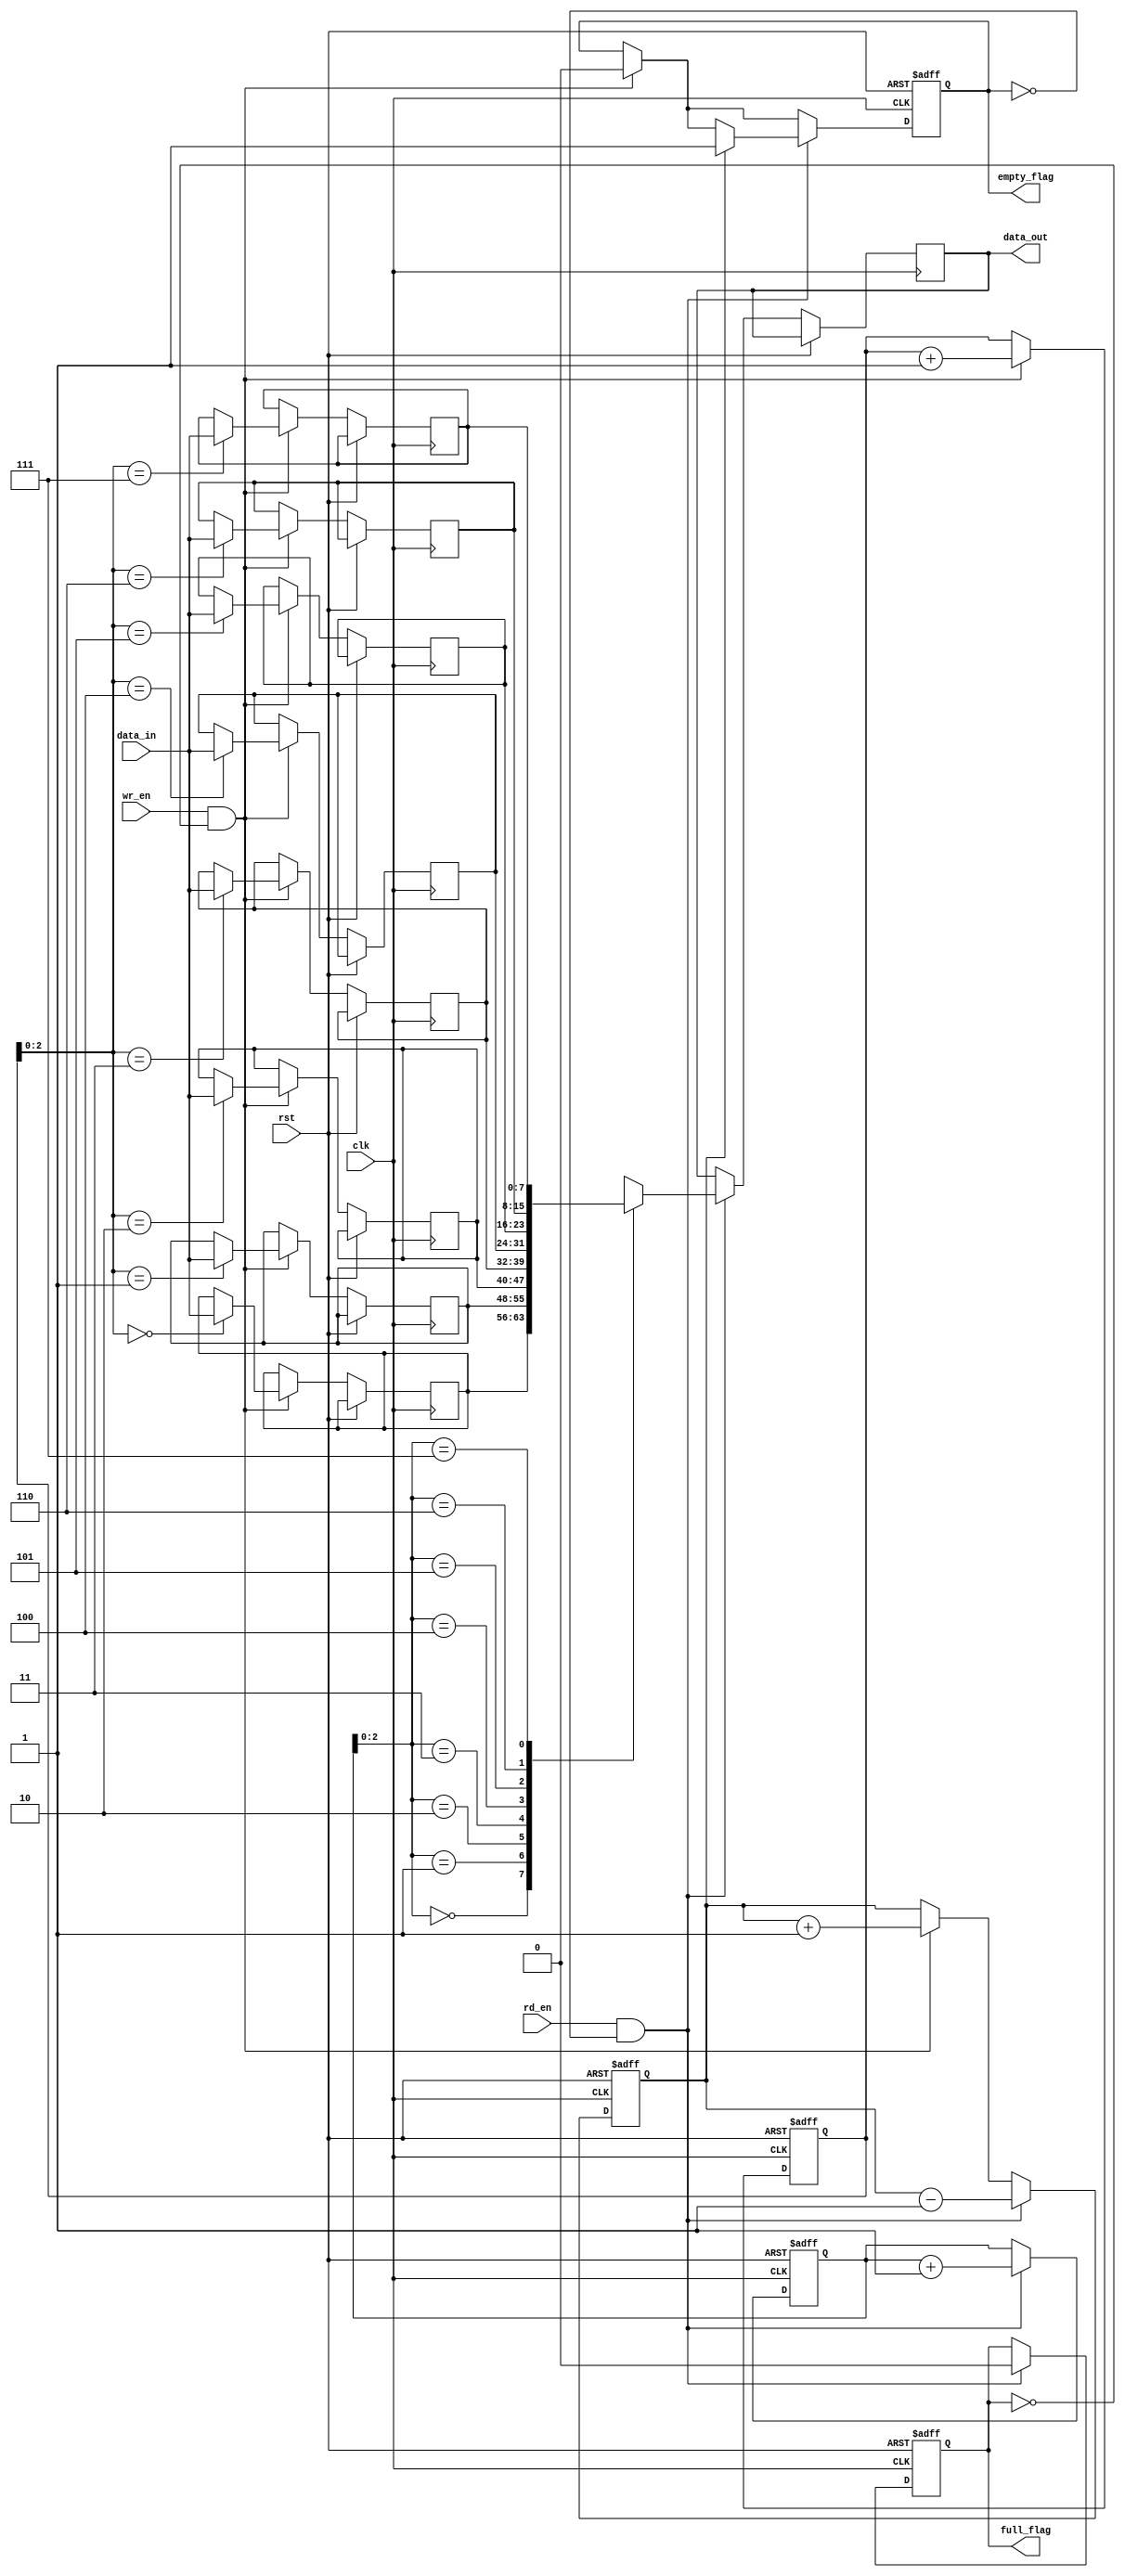
module synchronous_fifo
(
    input wire clk,
    input wire rst,
    input wire wr_en,
    input wire rd_en,
    input wire [DATA_WIDTH-1:0] data_in,
    output reg [DATA_WIDTH-1:0] data_out,
    output reg full_flag,
    output reg empty_flag
);

parameter DEPTH = 8;
parameter DATA_WIDTH = 8;

reg [DATA_WIDTH-1:0] fifo [0:DEPTH-1];
reg [DEPTH-1:0] wr_ptr, rd_ptr;
reg count;

always @(posedge clk or posedge rst)
begin
    if (rst)
    begin
        wr_ptr <= 0;
        rd_ptr <= 0;
        count <= 0;
        full_flag <= 0;
        empty_flag <= 1;
    end
    else
    begin
        if (wr_en && !full_flag)
        begin
            fifo[wr_ptr] <= data_in;
            wr_ptr <= wr_ptr + 1;
            count <= count + 1;
            if (count == DEPTH)
                full_flag <= 1;
            if (empty_flag)
                empty_flag <= 0;
        end

        if (rd_en && !empty_flag)
        begin
            data_out <= fifo[rd_ptr];
            rd_ptr <= rd_ptr + 1;
            count <= count - 1;
            if (count == 1)
                empty_flag <= 1;
            if (full_flag)
                full_flag <= 0;
        end
    end
end

endmodule